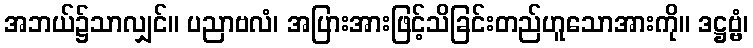
အဘယ်၌သာလျှင်။ ပညာဗလံ၊ အပြားအားဖြင့်သိခြင်းတည်ဟူသောအားကို။ ဒဋ္ဌဗ္ဗံ၊